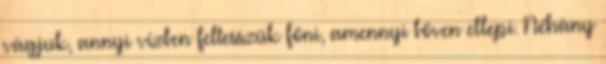
vágjuk, annyi vízben feltesszük főni, amennyi bőven ellepi. Néhány